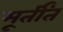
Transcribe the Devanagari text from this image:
मूर्तींत